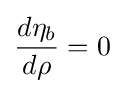
{d\eta _{b} \over d\rho }=0